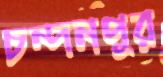
চন্দনপুর